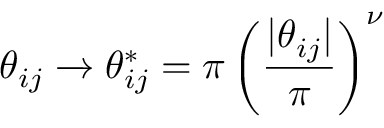
\theta _ { i j } \xrightarrow [ ] { } \theta _ { i j } ^ { * } = \pi \left( \frac { | \theta _ { i j } | } { \pi } \right) ^ { \nu }